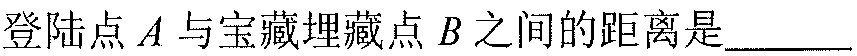
登陆点\(A\)与宝藏埋藏点\(B\)之间的距离是______